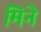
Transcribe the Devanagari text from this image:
मिने